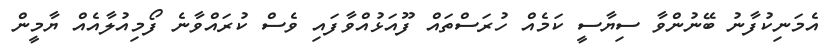
އެމަނިކުފާނު ބޭނުންވާ ސިޔާސީ ކަމެއް ހުރަސްތައް ފޫއަޅުއްވާފައި ވެސް ކުރައްވާނެ ފޯމިއުލާއެއް ޔާމީން